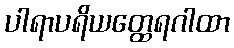
ပါရာပရိယတ္ထေရဂါထာ